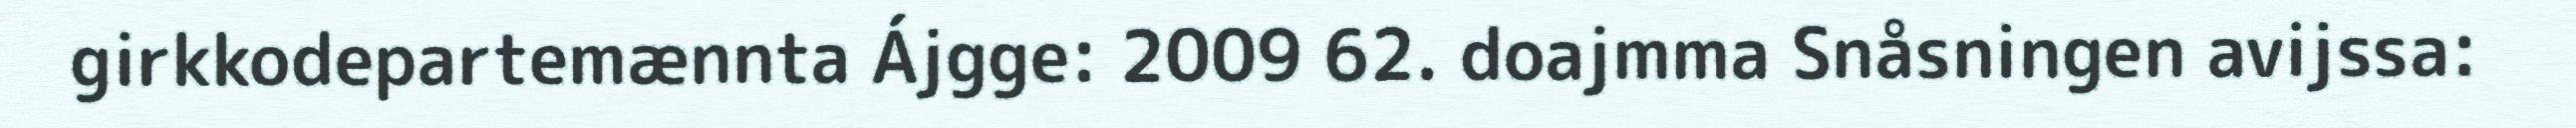
girkkodepartemænnta Ájgge: 2009 62. doajmma Snåsningen avijssa: